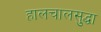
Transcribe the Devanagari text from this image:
हालचालसुद्धा